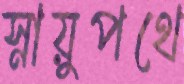
স্নায়ুপথে